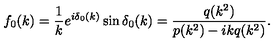
f _ { 0 } ( k ) = \frac { 1 } { k } e ^ { i \delta _ { 0 } ( k ) } \sin \delta _ { 0 } ( k ) = \frac { q ( k ^ { 2 } ) } { p ( k ^ { 2 } ) - i k q ( k ^ { 2 } ) } .